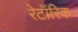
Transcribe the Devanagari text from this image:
रेटॉरिक